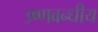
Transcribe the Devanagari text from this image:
उष्णबन्धीय